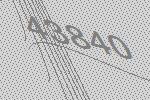
43840